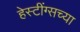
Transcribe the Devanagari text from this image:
हेस्टींग्सच्या